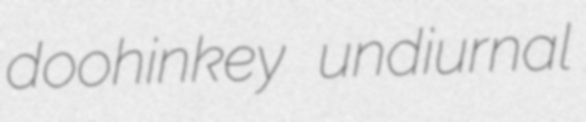
doohinkey undiurnal